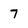
Character: 7